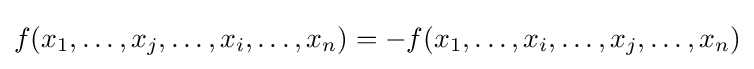
f(x_{1},\dots ,x_{j},\dots ,x_{i},\dots ,x_{n})=-f(x_{1},\dots ,x_{i},\dots ,x_{j},\dots ,x_{n})